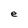
Character: e